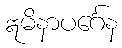
ဣမိနာပင်္ဂေန